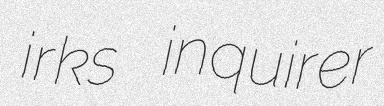
irks inquirer